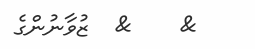
&    &  ޒުވާނުންގެ